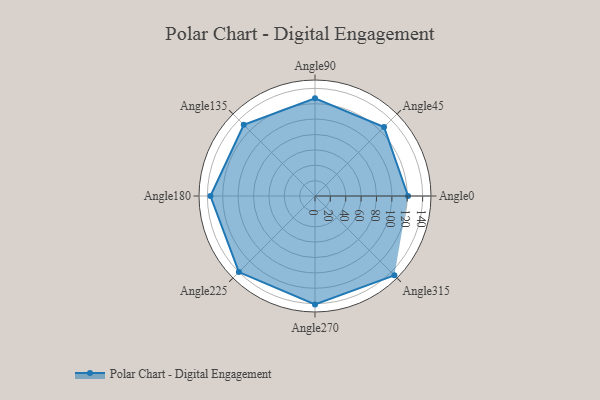
{"axis": {"x": "Angle", "y": "Radius"}, "legend": [""], "data": [{"x": "Angle0", "y": 121.0, "type": ""}, {"x": "Angle45", "y": 127.0, "type": ""}, {"x": "Angle90", "y": 127.0, "type": ""}, {"x": "Angle135", "y": 131.0, "type": ""}, {"x": "Angle180", "y": 136.0, "type": ""}, {"x": "Angle225", "y": 140.0, "type": ""}, {"x": "Angle270", "y": 141.0, "type": ""}, {"x": "Angle315", "y": 146.0, "type": ""}]}